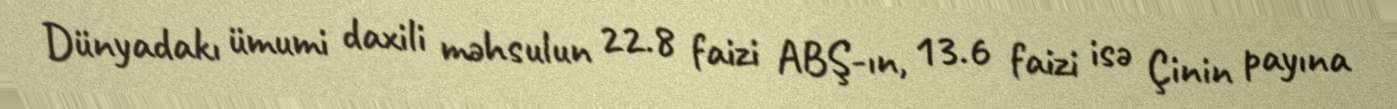
Dünyadakı ümumi daxili məhsulun 22.8 faizi ABŞ-ın, 13.6 faizi isə Çinin payına